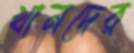
খানদের